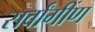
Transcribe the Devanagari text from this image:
सर्वांगींण